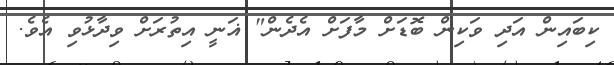
ކިބައިން އަދި ވަކިން ބޮޑަށް މާފަށް އެދެން" ޣަނީ އިތުރަށް ވިދާޅުވި އެވެ.